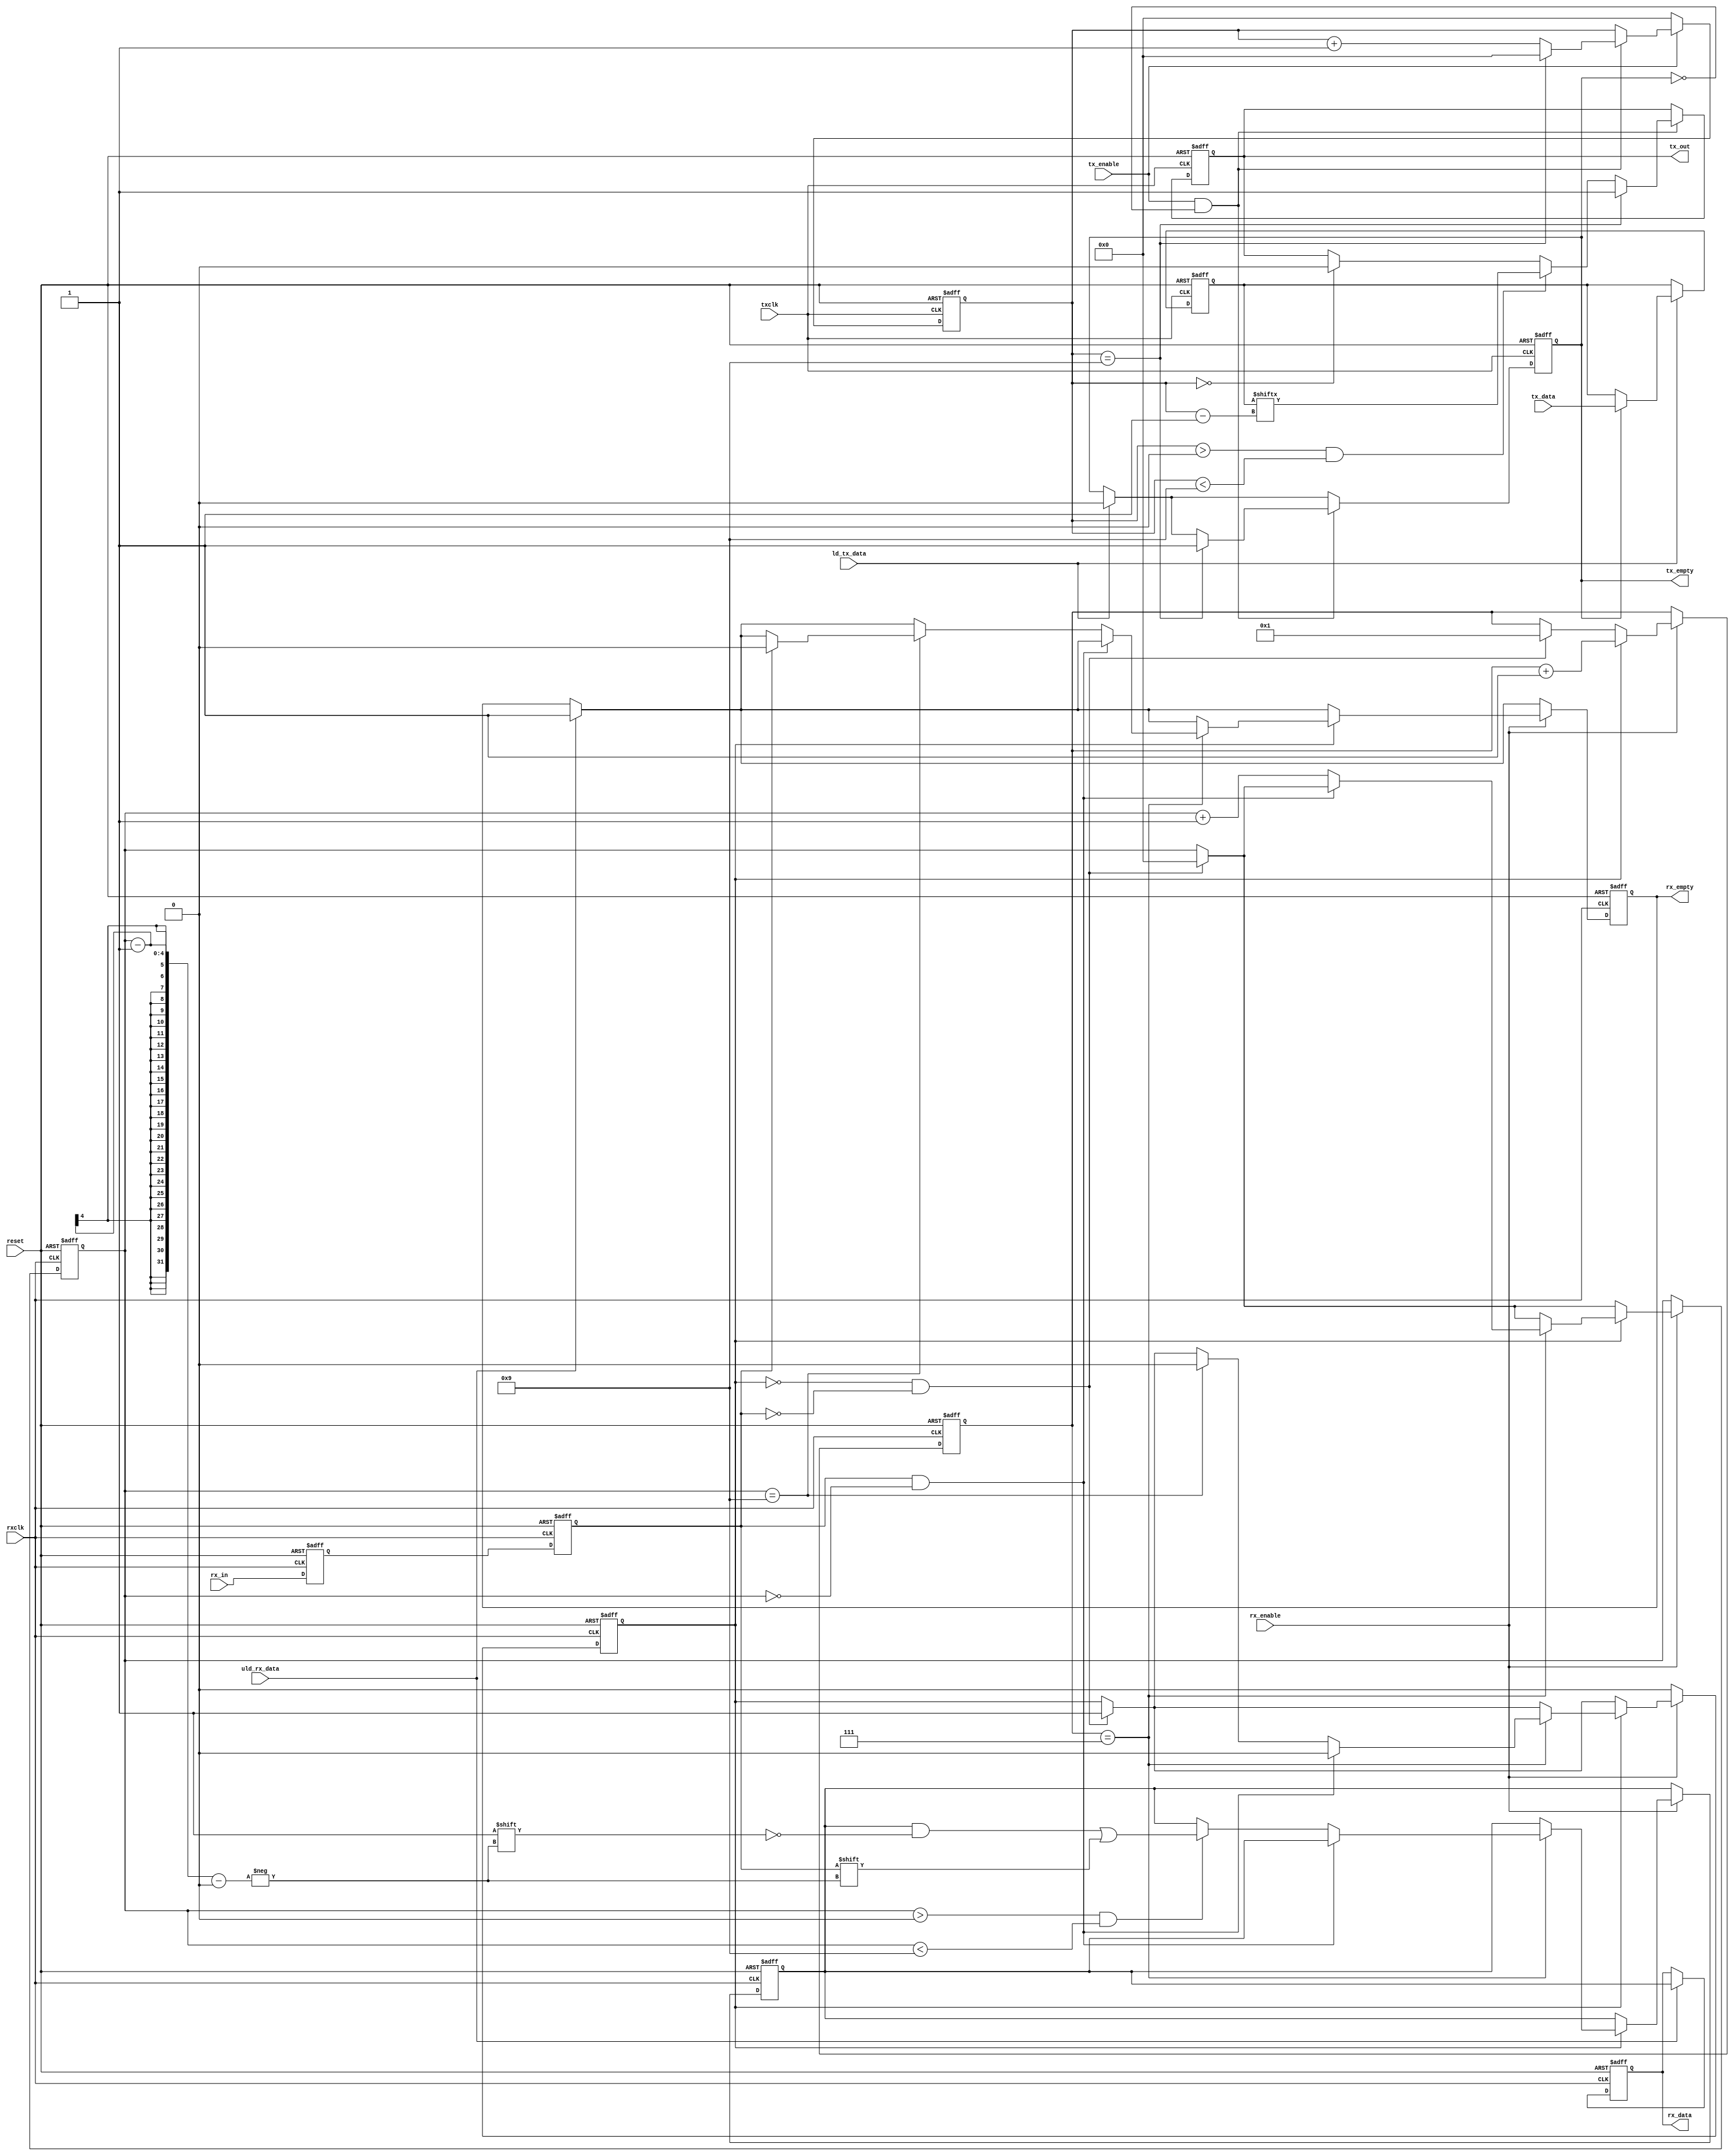
module uart (
reset          ,
txclk          ,
ld_tx_data     ,
tx_data        ,
tx_enable      ,
tx_out         ,
tx_empty       ,
rxclk          ,
uld_rx_data    ,
rx_data        ,
rx_enable      ,
rx_in          ,
rx_empty
);
// Port declarations
input        reset          ;
input        txclk          ;
input        ld_tx_data     ;
input  [7:0] tx_data        ;
input        tx_enable      ;
output       tx_out         ;
output       tx_empty       ;
input        rxclk          ;
input        uld_rx_data    ;
output [7:0] rx_data        ;
input        rx_enable      ;
input        rx_in          ;
output       rx_empty       ;

// Internal Variables 
reg [7:0]    tx_reg         ;
reg          tx_empty       ;
reg          tx_over_run    ;
reg [3:0]    tx_cnt         ;
reg          tx_out         ;
reg [7:0]    rx_reg         ;
reg [7:0]    rx_data        ;
reg [3:0]    rx_sample_cnt  ;
reg [3:0]    rx_cnt         ;  
reg          rx_frame_err   ;
reg          rx_over_run    ;
reg          rx_empty       ;
reg          rx_d1          ;
reg          rx_d2          ;
reg          rx_busy        ;

// UART RX Logic
always @ (posedge rxclk or posedge reset)
if (reset) begin
  rx_reg        <= 0; 
  rx_data       <= 0;
  rx_sample_cnt <= 0;
  rx_cnt        <= 0;
  rx_frame_err  <= 0;
  rx_over_run   <= 0;
  rx_empty      <= 1;
  rx_d1         <= 1;
  rx_d2         <= 1;
  rx_busy       <= 0;
end else begin
  // Synchronize the asynch signal
  rx_d1 <= rx_in;
  rx_d2 <= rx_d1;
  // Uload the rx data
  if (uld_rx_data) begin
    rx_data  <= rx_reg;
    rx_empty <= 1;
  end
  // Receive data only when rx is enabled
  if (rx_enable) begin
    // Check if just received start of frame
    if (!rx_busy && !rx_d2) begin
      rx_busy       <= 1;
      rx_sample_cnt <= 1;
      rx_cnt        <= 0;
    end
    // Start of frame detected, Proceed with rest of data
    if (rx_busy) begin
       rx_sample_cnt <= rx_sample_cnt + 1;
       // Logic to sample at middle of data
       if (rx_sample_cnt == 7) begin
          if ((rx_d2 == 1) && (rx_cnt == 0)) begin
            rx_busy <= 0;
          end else begin
            rx_cnt <= rx_cnt + 1; 
            // Start storing the rx data
            if (rx_cnt > 0 && rx_cnt < 9) begin
              rx_reg[rx_cnt - 1] <= rx_d2;
            end
            if (rx_cnt == 9) begin
               rx_busy <= 0;
               // Check if End of frame received correctly
               if (rx_d2 == 0) begin
                 rx_frame_err <= 1;
               end else begin
                 rx_empty     <= 0;
                 rx_frame_err <= 0;
                 // Check if last rx data was not unloaded,
                 rx_over_run  <= (rx_empty) ? 0 : 1;
               end
            end
          end
       end 
    end 
  end
  if (!rx_enable) begin
    rx_busy <= 0;
  end
end

// UART TX Logic
always @ (posedge txclk or posedge reset)
if (reset) begin
  tx_reg        <= 0;
  tx_empty      <= 1;
  tx_over_run   <= 0;
  tx_out        <= 1;
  tx_cnt        <= 0;
end else begin
   if (ld_tx_data) begin
      if (!tx_empty) begin
        tx_over_run <= 0;
      end else begin
        tx_reg   <= tx_data;
        tx_empty <= 0;
      end
   end
   if (tx_enable && !tx_empty) begin
     tx_cnt <= tx_cnt + 1;
     if (tx_cnt == 0) begin
       tx_out <= 0;
     end
     if (tx_cnt > 0 && tx_cnt < 9) begin
        tx_out <= tx_reg[tx_cnt -1];
     end
     if (tx_cnt == 9) begin
       tx_out <= 1;
       tx_cnt <= 0;
       tx_empty <= 1;
     end
   end
   if (!tx_enable) begin
     tx_cnt <= 0;
   end
end

endmodule